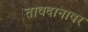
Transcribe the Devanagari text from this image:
तावदानावर